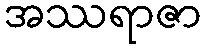
အဿရာဇာ